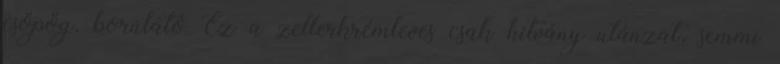
csöpög, borúlátó Ez a zellerkrémleves csak hitvány utánzat, semmi